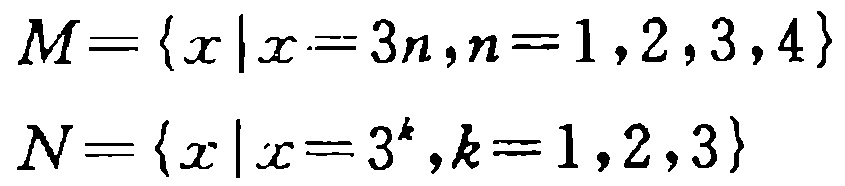
\[

M = \{x\mid x = 3n,n = 1,2,3,4\}

\]

\[

N=\{x\mid x = 3^{k},k = 1,2,3\}

\]